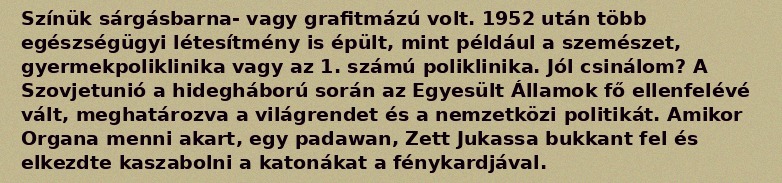
Színük sárgásbarna- vagy grafitmázú volt. 1952 után több egészségügyi létesítmény is épült, mint például a szemészet, gyermekpoliklinika vagy az 1. számú poliklinika. Jól csinálom? A Szovjetunió a hidegháború során az Egyesült Államok fő ellenfelévé vált, meghatározva a világrendet és a nemzetközi politikát. Amikor Organa menni akart, egy padawan, Zett Jukassa bukkant fel és elkezdte kaszabolni a katonákat a fénykardjával.